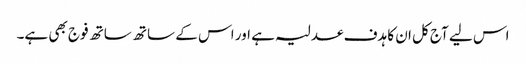
اس لیے آج کل ان کا ہدف عدلیہ ہے اور اس کے ساتھ ساتھ فوج بھی ہے۔